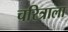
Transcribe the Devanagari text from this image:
चरित्राला